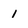
Character: 1